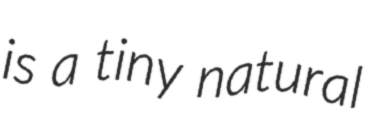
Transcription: is a tiny natural